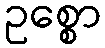
ဥစ္စော